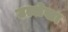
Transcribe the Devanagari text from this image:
उल्लेखा